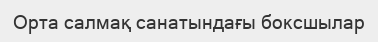
Орта салмақ санатындағы боксшылар